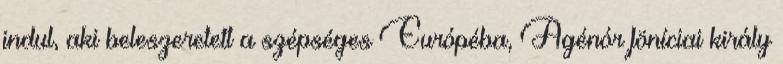
indul, aki beleszeretett a szépséges Európéba, Agénór föníciai király